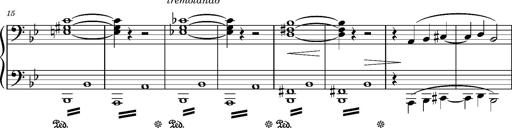
Title: TrÃ¼be Wolken
Composer: Franz Liszt